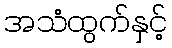
အသံထွက်နှင့်